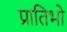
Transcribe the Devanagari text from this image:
प्रातिभो